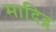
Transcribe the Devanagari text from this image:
मादिद्र